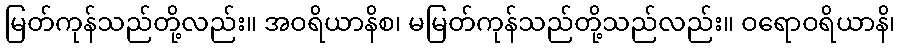
မြတ်ကုန်သည်တို့လည်း။ အဝရိယာနိစ၊ မမြတ်ကုန်သည်တို့သည်လည်း။ ဝရောဝရိယာနိ၊